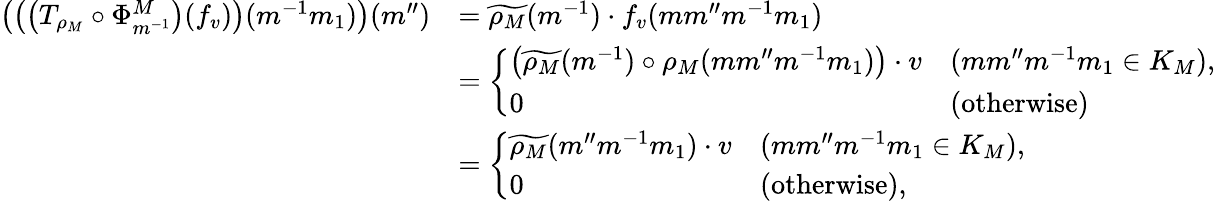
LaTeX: \begin{array}{rl}{\left(\left(\left(T_{\rho_{M}}\circ\Phi_{m^{-1}}^{M}\right)(f_{v})\right)(m^{-1}m_{1})\right)(m^{\prime\prime})}&{=\widetilde{\rho_{M}}(m^{-1})\cdot f_{v}(mm^{\prime\prime}m^{-1}m_{1})}\\ &{=\left\{ \begin{array}{ll}{\left(\widetilde{\rho_{M}}(m^{-1})\circ\rho_{M}(mm^{\prime\prime}m^{-1}m_{1})\right)\cdot v}&{(mm^{\prime\prime}m^{-1}m_{1}\in K_{M}),}\\ {0}&{(\mathrm{otherwise})}\end{array}\right.}\\ &{=\left\{ \begin{array}{ll}{\widetilde{\rho_{M}}(m^{\prime\prime}m^{-1}m_{1})\cdot v}&{(mm^{\prime\prime}m^{-1}m_{1}\in K_{M}),}\\ {0}&{(\mathrm{otherwise}),}\end{array}\right.}\end{array}